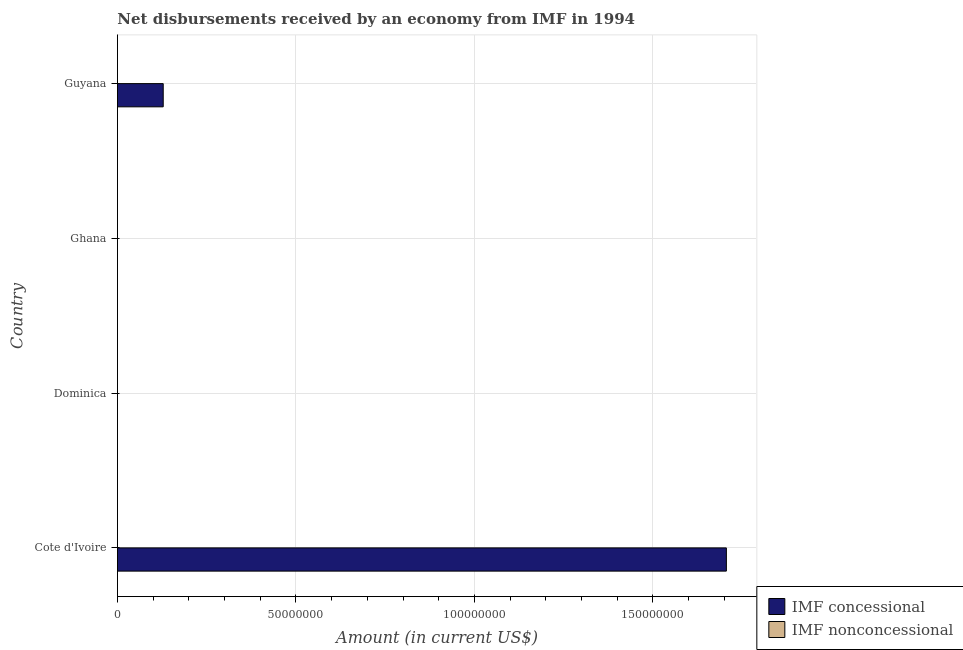
| Country | IMF concessional | IMF nonconcessional |
 | --- | --- | --- |
 | Cote d'Ivoire | 1.71e+08 | -7.66e+07 |
 | Dominica | -7.65e+05 | -3e+03 |
 | Ghana | -4.37e+07 | -3.88e+07 |
 | Guyana | 1.28e+07 | -2.19e+07 |